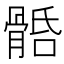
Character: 𩩎